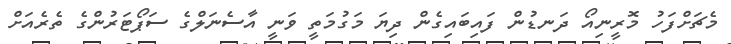
މެޗަށްފަހު މޮރީނިއޯ ދަނޑުން ފައިބައިގެން ދިޔަ މަގުމަތީ ވަނީ އާސެނަލްގެ ސަޕޯޓަރުންގެ ތެރެއަށް